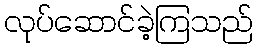
လုပ်ဆောင်ခဲ့ကြသည်